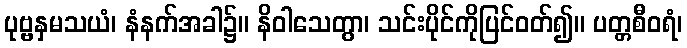
ပုဗ္ဗနှမသယံ၊ နံနက်အခါ၌။ နိဝါသေတွာ၊ သင်းပိုင်ကိုပြင်ဝတ်၍။ ပတ္တစီဝရံ၊